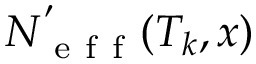
N _ { \mathrm { ~ e ~ f ~ f ~ } } ^ { ' } ( T _ { k } , x )